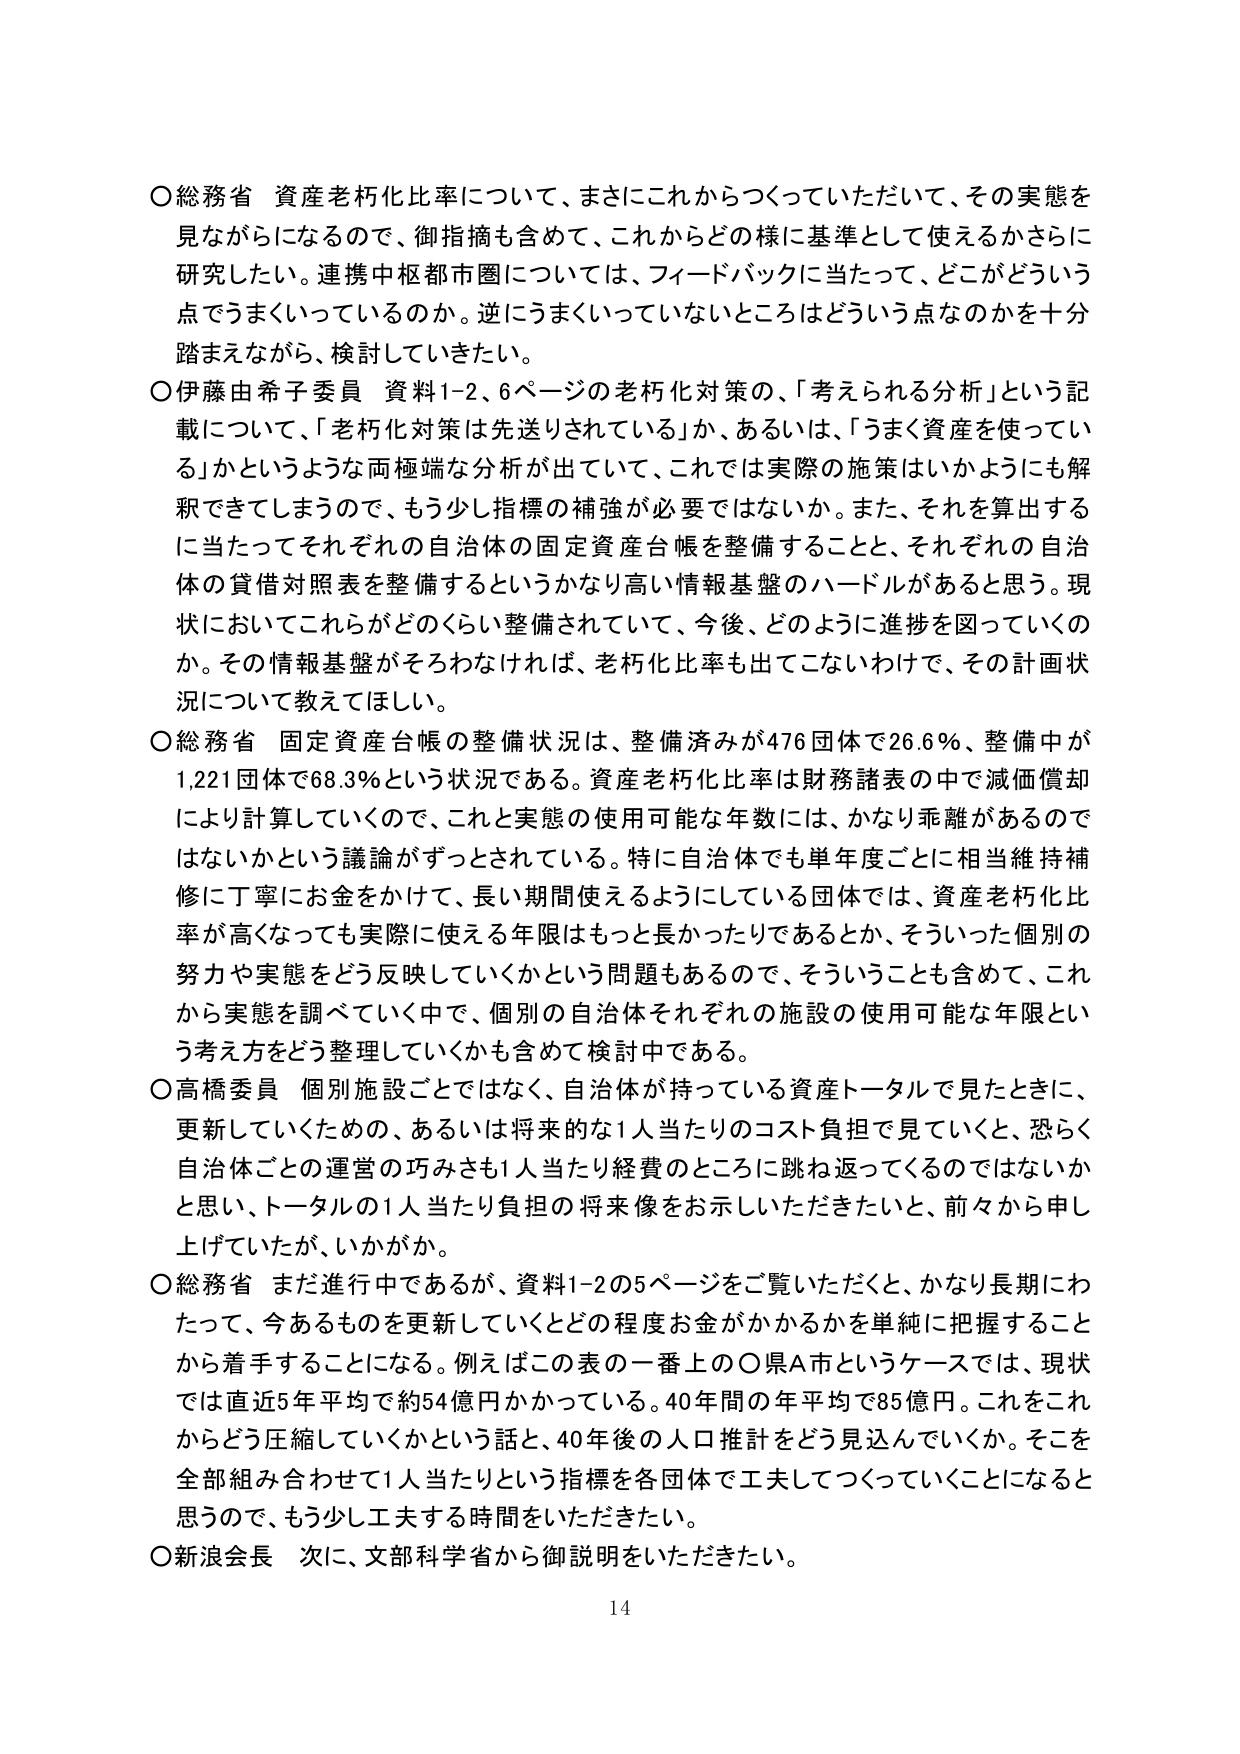
○総務省 資産老朽化比率について、まさにこれからつくっていただいて、その実態を見ながらになるので、御指摘も含めて、これからどの様に基準として使えるかさらに研究したい。連携中枢都市圏については、フィードバックに当たって、どこがどういう点でうまくいっているのか。逆にうまくいっていないところはどういう点なのかを十分踏まえながら、検討していきたい。

○伊藤由希子委員 資料1-2、6ページの老朽化対策の、「考えられる分析」という記載について、「老朽化対策は先送りされている」か、あるいは、「うまく資産を使っている」かというような両極端な分析が出ていて、これでは実際の施策はいかようにも解釈できてしまうので、もう少し指標の補強が必要ではないか。また、それを算出するに当たってそれぞれの自治体の固定資産台帳を整備することと、それぞれの自治体の貸借対照表を整備するというかなり高い情報基盤のハードルがあると思う。現状においてこれらがどのくらい整備されていて、今後、どのように進捗を図っていくのか。その情報基盤がそろわなければ、老朽化比率も出てこないわけで、その計画状況について教えてほしい。

○総務省 固定資産台帳の整備状況は、整備済みが476団体で26.6％、整備中が1,221団体で68.3％という状況である。資産老朽化比率は財務諸表の中で減価償却により計算していくので、これと実態の使用可能な年数には、かなり乖離があるのではないかという議論がずっとされている。特に自治体でも単年度ごとに相当維持補修に丁寧にお金をかけて、長い期間使えるようにしている団体では、資産老朽化比率が高くなっても実際に使える年限はもっと長かったりであるとか、そういった個別の努力や実態をどう反映していくかという問題もあるので、そういうことも含めて、これから実態を調べていく中で、個別の自治体それぞれの施設の使用可能な年限という考え方をどう整理していくかも含めて検討中である。

○高橋委員 個別施設ごとではなく、自治体が持っている資産トータルで見たときに、更新していくための、あるいは将来的な1人当たりのコスト負担を見ていくと、恐らく自治体ごとの運営の巧みさも1人当たり経費のところに跳ね返ってくるのではないかと思い、トータルの1人当たり負担の将来像をお示しいただきたいと、前々から申し上げていたが、いかがか。

○総務省 まだ進行中であるが、資料1-2の5ページをご覧いただくと、かなり長期にわたって、今あるものを更新していくとどの程度お金がかかるかを単純に把握することから着手することになる。例えばこの表の一番上の○県A市というケースでは、現状では直近5年平均で約54億円かかっている。40年間の年平均で85億円。これをこれからどう圧縮していくかという話と、40年後の人口推計をどう見込んでいくか。そこを全部組み合わせて1人当たりという指標を各団体で工夫してつくっていくことになると思うので、もう少し工夫する時間をいただきたい。

○新浪会長 次に、文部科学省から御説明をいただきたい。

14